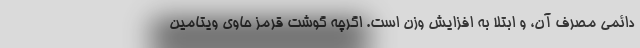
دائمی مصرف آن، و ابتلا به افزایش وزن است. اگرچه گوشت قرمز حاوی ویتامین